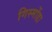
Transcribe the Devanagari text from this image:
गिस्मोंडा